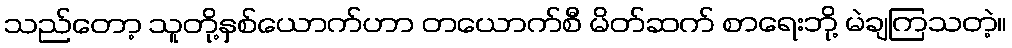
သည်တော့ သူတို့နှစ်ယောက်ဟာ တယောက်စီ မိတ်ဆက် စာရေးဘို့ မဲချကြသတဲ့။